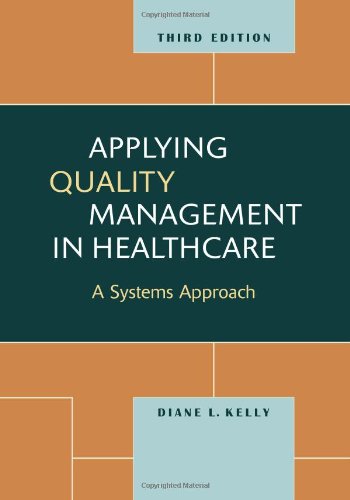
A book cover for Applying Quality Management in Healthcare, Third Edition; Diane L. Kelly; Medical Books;